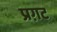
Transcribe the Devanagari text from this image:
प्रग़ट